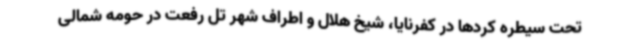
تحت سیطره کردها در کفرنایا، شیخ هلال و اطراف شهر تل رفعت در حومه شمالی